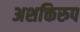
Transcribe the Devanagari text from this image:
अशक्तिरुप